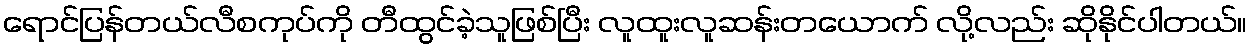
ရောင်ပြန်တယ်လီစကုပ်ကို တီထွင်ခဲ့သူဖြစ်ပြီး လူထူးလူဆန်းတယောက် လို့လည်း ဆိုနိုင်ပါတယ်။